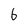
Character: 6